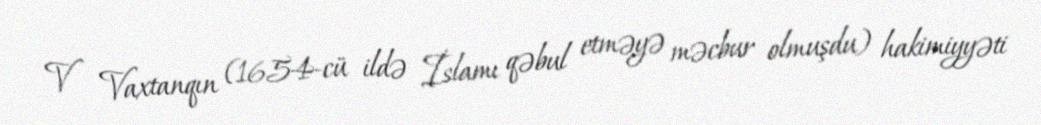
V Vaxtanqın (1654-cü ildə İslamı qəbul etməyə məcbur olmuşdu) hakimiyyəti